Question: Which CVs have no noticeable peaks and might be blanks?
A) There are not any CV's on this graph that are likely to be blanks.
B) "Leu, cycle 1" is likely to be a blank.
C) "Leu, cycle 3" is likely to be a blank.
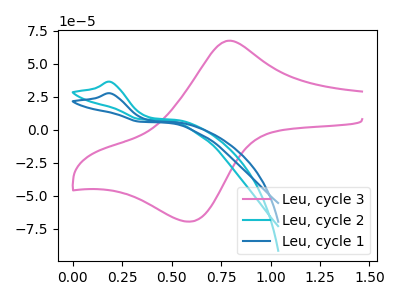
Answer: <think>The pink curve "Leu, cycle 3" has an anodic peak at (0.80V, 67.40uA) and a cathodic peak at (0.60V, -69.50uA). The cyan curve "Leu, cycle 2" has an anodic peak at: (0.20V, 36.30uA). The blue curve "Leu, cycle 1" has an anodic peak at: (0.20V, 27.60uA).</think>
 <answer>A) There are not any CV's on this graph that are likely to be blanks.</answer>
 <eval>A</eval>